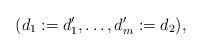
LaTeX: \begin{align*} (d_1:=d_1', \ldots, d_m':=d_2), \end{align*}